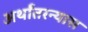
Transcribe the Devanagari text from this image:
अर्थांतरन्यास